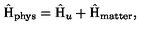
\hat { \mathrm { H } } _ { \mathrm { p h y s } } = \hat { \mathrm { H } } _ { u } + \hat { \mathrm { H } } _ { \mathrm { m a t t e r } } ,